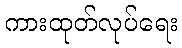
ကားထုတ်လုပ်ရေး